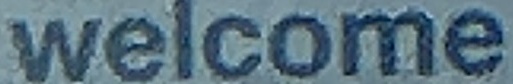
welcome